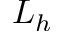
L _ { h }